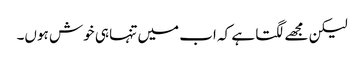
لیکن مجھے لگتا ہے کہ اب میں تنہا ہی خوش ہوں۔